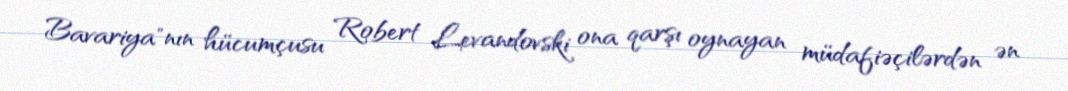
Bavariya"nın hücumçusu Robert Levandovski ona qarşı oynayan müdafiəçilərdən ən